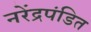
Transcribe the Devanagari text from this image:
नरेंद्रपंडित